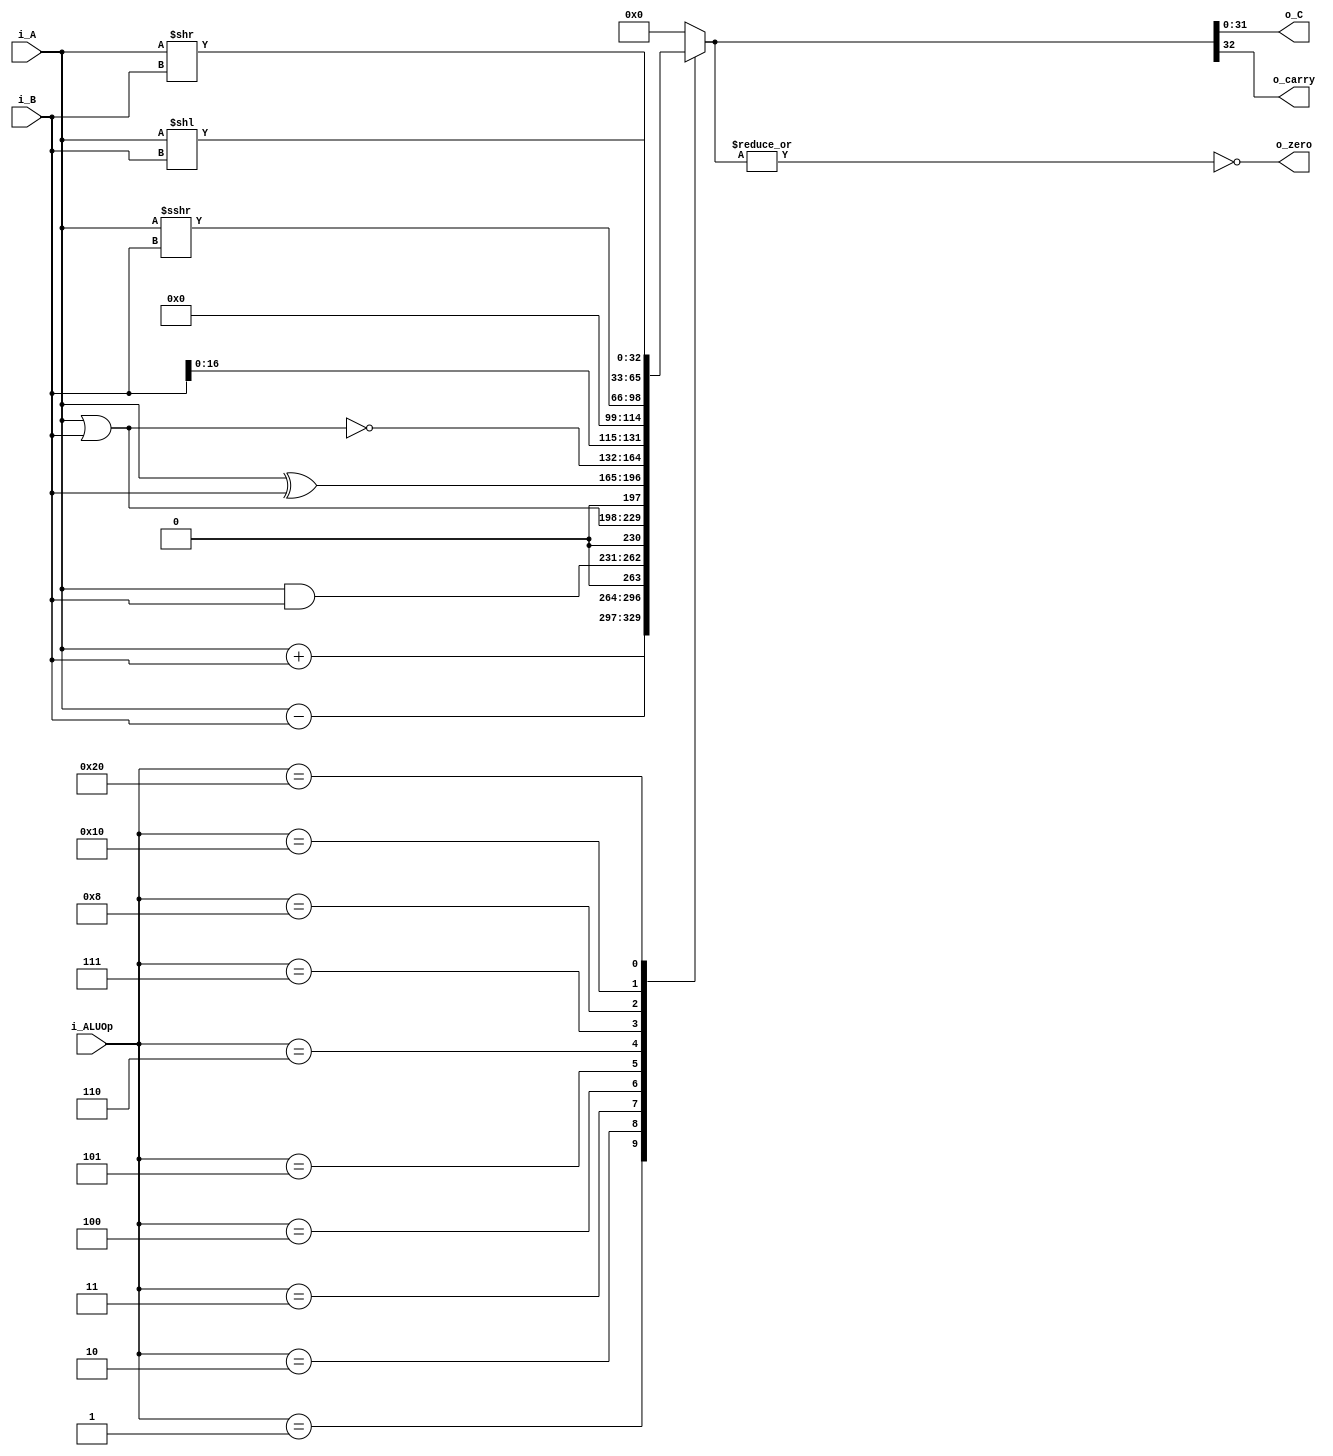
`timescale 1ns / 1ps

module ALU
(
    input wire [31:0] i_A,
    input wire [31:0] i_B,
    input wire [5:0] i_ALUOp,
    output wire [31:0] o_C,
    output wire o_carry,
    output wire o_zero
    );
    
    localparam op_add = 6'b000001;
    localparam op_sub = 6'b000010;
    localparam op_and = 6'b000011;
    localparam op_or = 6'b000100;
    localparam op_xor = 6'b000101;
    localparam op_nor = 6'b000110;
    localparam op_sll16 = 6'b000111;
    localparam op_sra = 6'b001000;
    localparam op_srl = 6'b010000;
    localparam op_sll = 6'b100000;
    
    reg [32:0]result;
    
    assign o_C = result;
    assign o_carry = result[32];
    assign o_zero = ~|result;
    
    always @* begin
        case (i_ALUOp)
        op_add: begin
            result = i_A + i_B;
            end
        op_sub: begin
            result = i_A - i_B;
            end
        op_and: begin
            result = i_A & i_B;
            end
        op_or: begin
            result = i_A | i_B;
            end
        op_xor: begin
            result = i_A ^ i_B;
            end
        op_nor: begin
            result = ~(i_A | i_B);
            end
        op_sll16: begin
           result = i_B << 16;
            end
        op_sra: begin
            result =  $signed(i_A) >>> i_B;
            end
        op_srl: begin
            result = i_A >> i_B;
            end
        op_sll: begin
            result = i_A << i_B;
            end
        default: begin
            result = {32{1'b0}};
            end
            
        endcase    
    end
    
    
endmodule